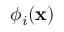
{ \phi } _ { i } ( \mathbf { x } )